Medical and sanitary report of the native army of Madras for the year
Year: 1876
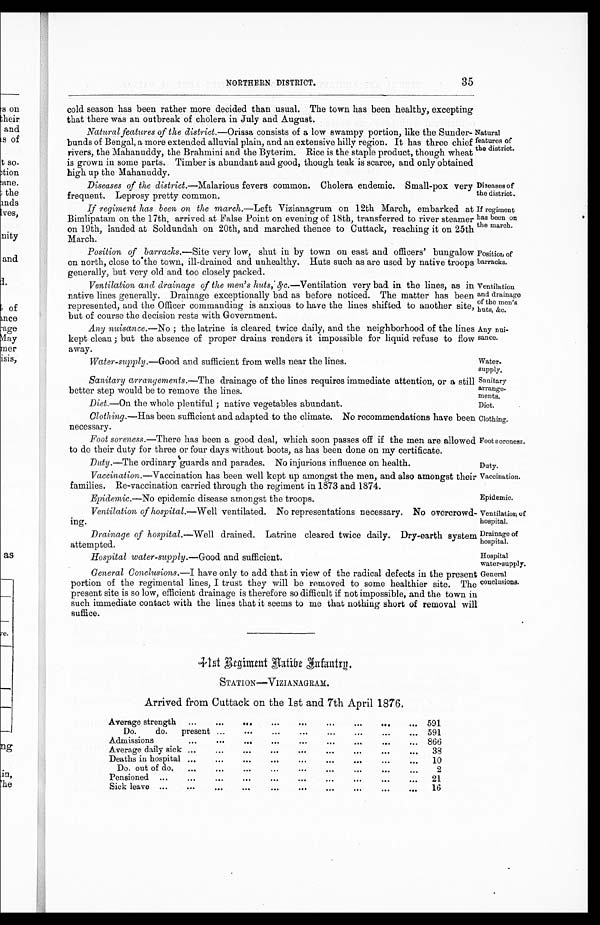
Diseases o f
the district.
If regiment
has been on
the march.
Position of
barracks.
Ventilation
and drainage
of the men's
huts, &c.
Any nui-
sance.
Water-
supply.
Sanitary
arrange-
ments.
Diet.
clothing.
Foot soreness,
Duty.
vac cination.
Epidemic.
Ventilation of
hospital.
Drainage of
hospital.
Hospital
Water-supply.
General
conclusions.
NORTHERN DISTRICT.
35
cold season has been rather more decided than usual. The town has been healthy, excepting
that there was an outbreak of cholera in July and August.
Natural features of the district.— Orissa consists of a low swampy portion, like the Sunder-
bunds of Bengal, a more extended alluvial plain, and an extensive hilly region. It has three chief
rivers, the Mahanuddy, the Brahmini and the Byterim. Rice is the staple product, though wheat
is grown in some parts. Timber is abundant and good, though teak is scarce, and only obtained
high up the Mahanuddy.
Diseases of the district .—Malarious fevers common. Cholera endemic. Small-pox very
frequent. Leprosy pretty common.
If regiment has been on the march.—Left Vizianagrum on 12th March, embarked at
Bimlipatam on the 17th, arrived at False Point on evening of 18th, transferred to river steamer
on 19th, landed at Soldundah on 20th, and marched thence to Cuttack, reaching it on 25th
March.
Position of barracks.— Site very low, shut in by town on east and officers' bungalow
on north, close tothe town, ill-drained and unhealthy. Huts such as are used by native troops
generally, but very old and too closely packed.
Ventilation and drainage of the men's huts,' & c.—Ventilation very bad in the lines, as in
native lines generally. Drainage exceptionally bad as before noticed. The matter has been
represented, and the Officer commanding is anxious to have the lines shifted to another site,
but of course the decision rests with Government.
Any nuisance.— No; the latrine is cleared, twice daily, and the neighborhood of the lines
kept clean; but the absence of proper drains renders it impossible for liquid refuse to flow
away.
Water-supply .—Good and sufficient from wells near the lines,
Sanitary arrangements.—The drainage of the lines requires immediate attention, or a still
better step would be to remove the lines.
Diet.—On the whole plentiful; native vegetables abundant.
Clothing.—Has been sufficient and adapted to the climate. No recommendations have been
necessary.
Foot soreness.—There has been a good deal, which soon passes off if the men are allowed
to do their duty for three or four days without boots, as has been done on my certificate.
Duty.—The ordinary guards and parades. No injurious influence on health.
Vaccination .—Vaccination has been well kept up amongst the men, and also amongst their
families. Re-vaccination carried through the regiment in 1873 and 1874.
Epidemic.—No epidemic disease amongst the troops.
Ventilation of hospital.—Well ventilated. No representations necessary. No overcrowd-
ing.
Drainage of hospital.— Well drained. Latrine cleared twice daily. Dry-earth systen
attempted.
Hospital water-supply.– Good and sufficient.
General Conclusions.—I have only to add that in view of the radical defects in the present
portion of the regimental lines, I trust they will be removed to some healthier site. The present
site is so low, efficient drainage is therefore so difficult if not impossible, and the town in
such immediate contact with the lines that it seems to me that nothing short of removal will
suffice.
4 1 t h R e g i m e n t A a t i b e I n f a n t r g .
STATION—VIZIANAGRAM.
Arrived from Cuttack on the 1st and 7th April 1876.
Natural
features of
the district.
Average strength
...
. . .
. . .
. . .
. . .
. . . . . .
. . .
. . . 591
Do.
do.
present . . .
. . .
. . .
. . .
. . . . . .
. . .
. . . 591
Admissions
. . .
. . .
. . .
. . .
. . .
. . .
. . .
. . .
. . . 866
Average daily sick ...
. . .
. . .
. . .
. . .
. . .
. . .
. . .
. . .
38
Deaths in hospital ...
. . .
. . .
. . .
. . .
. . .
. . .
. . .
. . .
10
Do. out of do,
. . .
. . .
. . .
. . .
. . .
. . .
. . .
. . .
. . .
2
Pensioned
...
...
...
. . .
. . .
. . .
. . .
. . .
. . .
. . .
21
Sick leave ...
. . .
. . .
. . . . . .
. . .
. . .
...
. . .
. . .
16